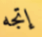
إتجه